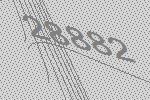
28882